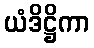
ယံဒိဋ္ဌိကာ